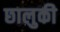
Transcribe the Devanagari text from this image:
छालुकी